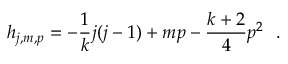
h _ { j , m , p } = - \frac { 1 } { k } j ( j - 1 ) + m p - \frac { k + 2 } { 4 } p ^ { 2 } ~ ~ .